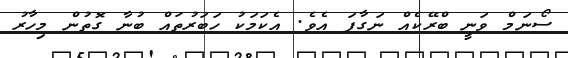
ސޯނަމް ވަނީ ބްރޭކެއް ނަގާފަ އެވެ. އެކަމަކު ހަބަރުތައް ބުނާ ގޮތުން މިހާރު